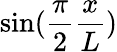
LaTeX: \sin(\frac{\pi}{2}\frac{x}{L})